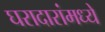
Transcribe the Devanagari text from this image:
घरादारांमध्ये